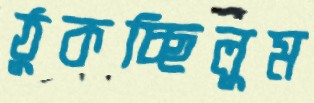
ঠুকচ্ছিলুম